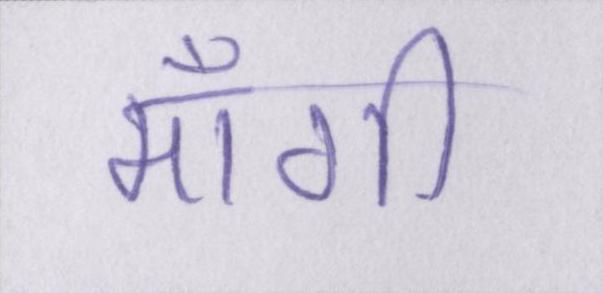
माँगी